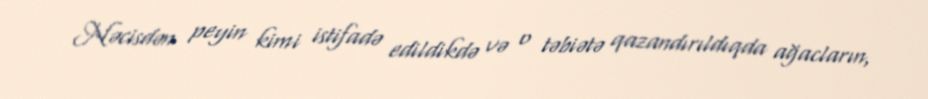
Nəcisdən peyin kimi istifadə edildikdə və o təbiətə qazandırıldıqda ağacların,